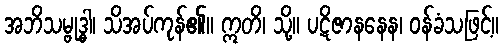
အဘိသမ္ဗုဒ္ဓါ၊ သိအပ်ကုန်၏။ ဣတိ၊ သို့။ ပဋိဇာနနေန၊ ဝန်ခံသဖြင့်။